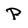
Character: P